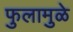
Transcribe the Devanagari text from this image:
फुलामुळे